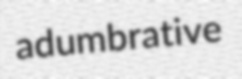
adumbrative